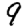
Digit: 9